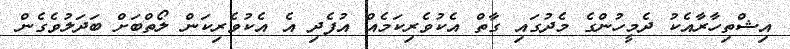
އިޝްތިހާރާއެކު ދެމީހުންގެ މެދުގައި ގާތް އެކުވެރިކަމެއް އުފެދި އެ އެކުވެރިކަން ލޯތްބަށް ބަދަލުވެގެން